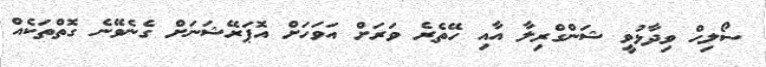
ސޯލިހް ވިދާޅުވީ ޝަންގްރިލާ އާއި ހޭތެރެ ވަރަށް އަވަހަށް އޮޕަރޭޝަނަށް ގެނެވޭނެ ގޮތްތަކެއް